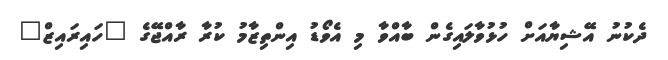
ދެކުނު އޭޝިޔާއަށް ހުޅުވާލައިގެން ބާއްވާ މި އެވޯޑު އިންތިޒާމު ކުރާ ރާއްޖޭގެ "ހައިރައިޒް"